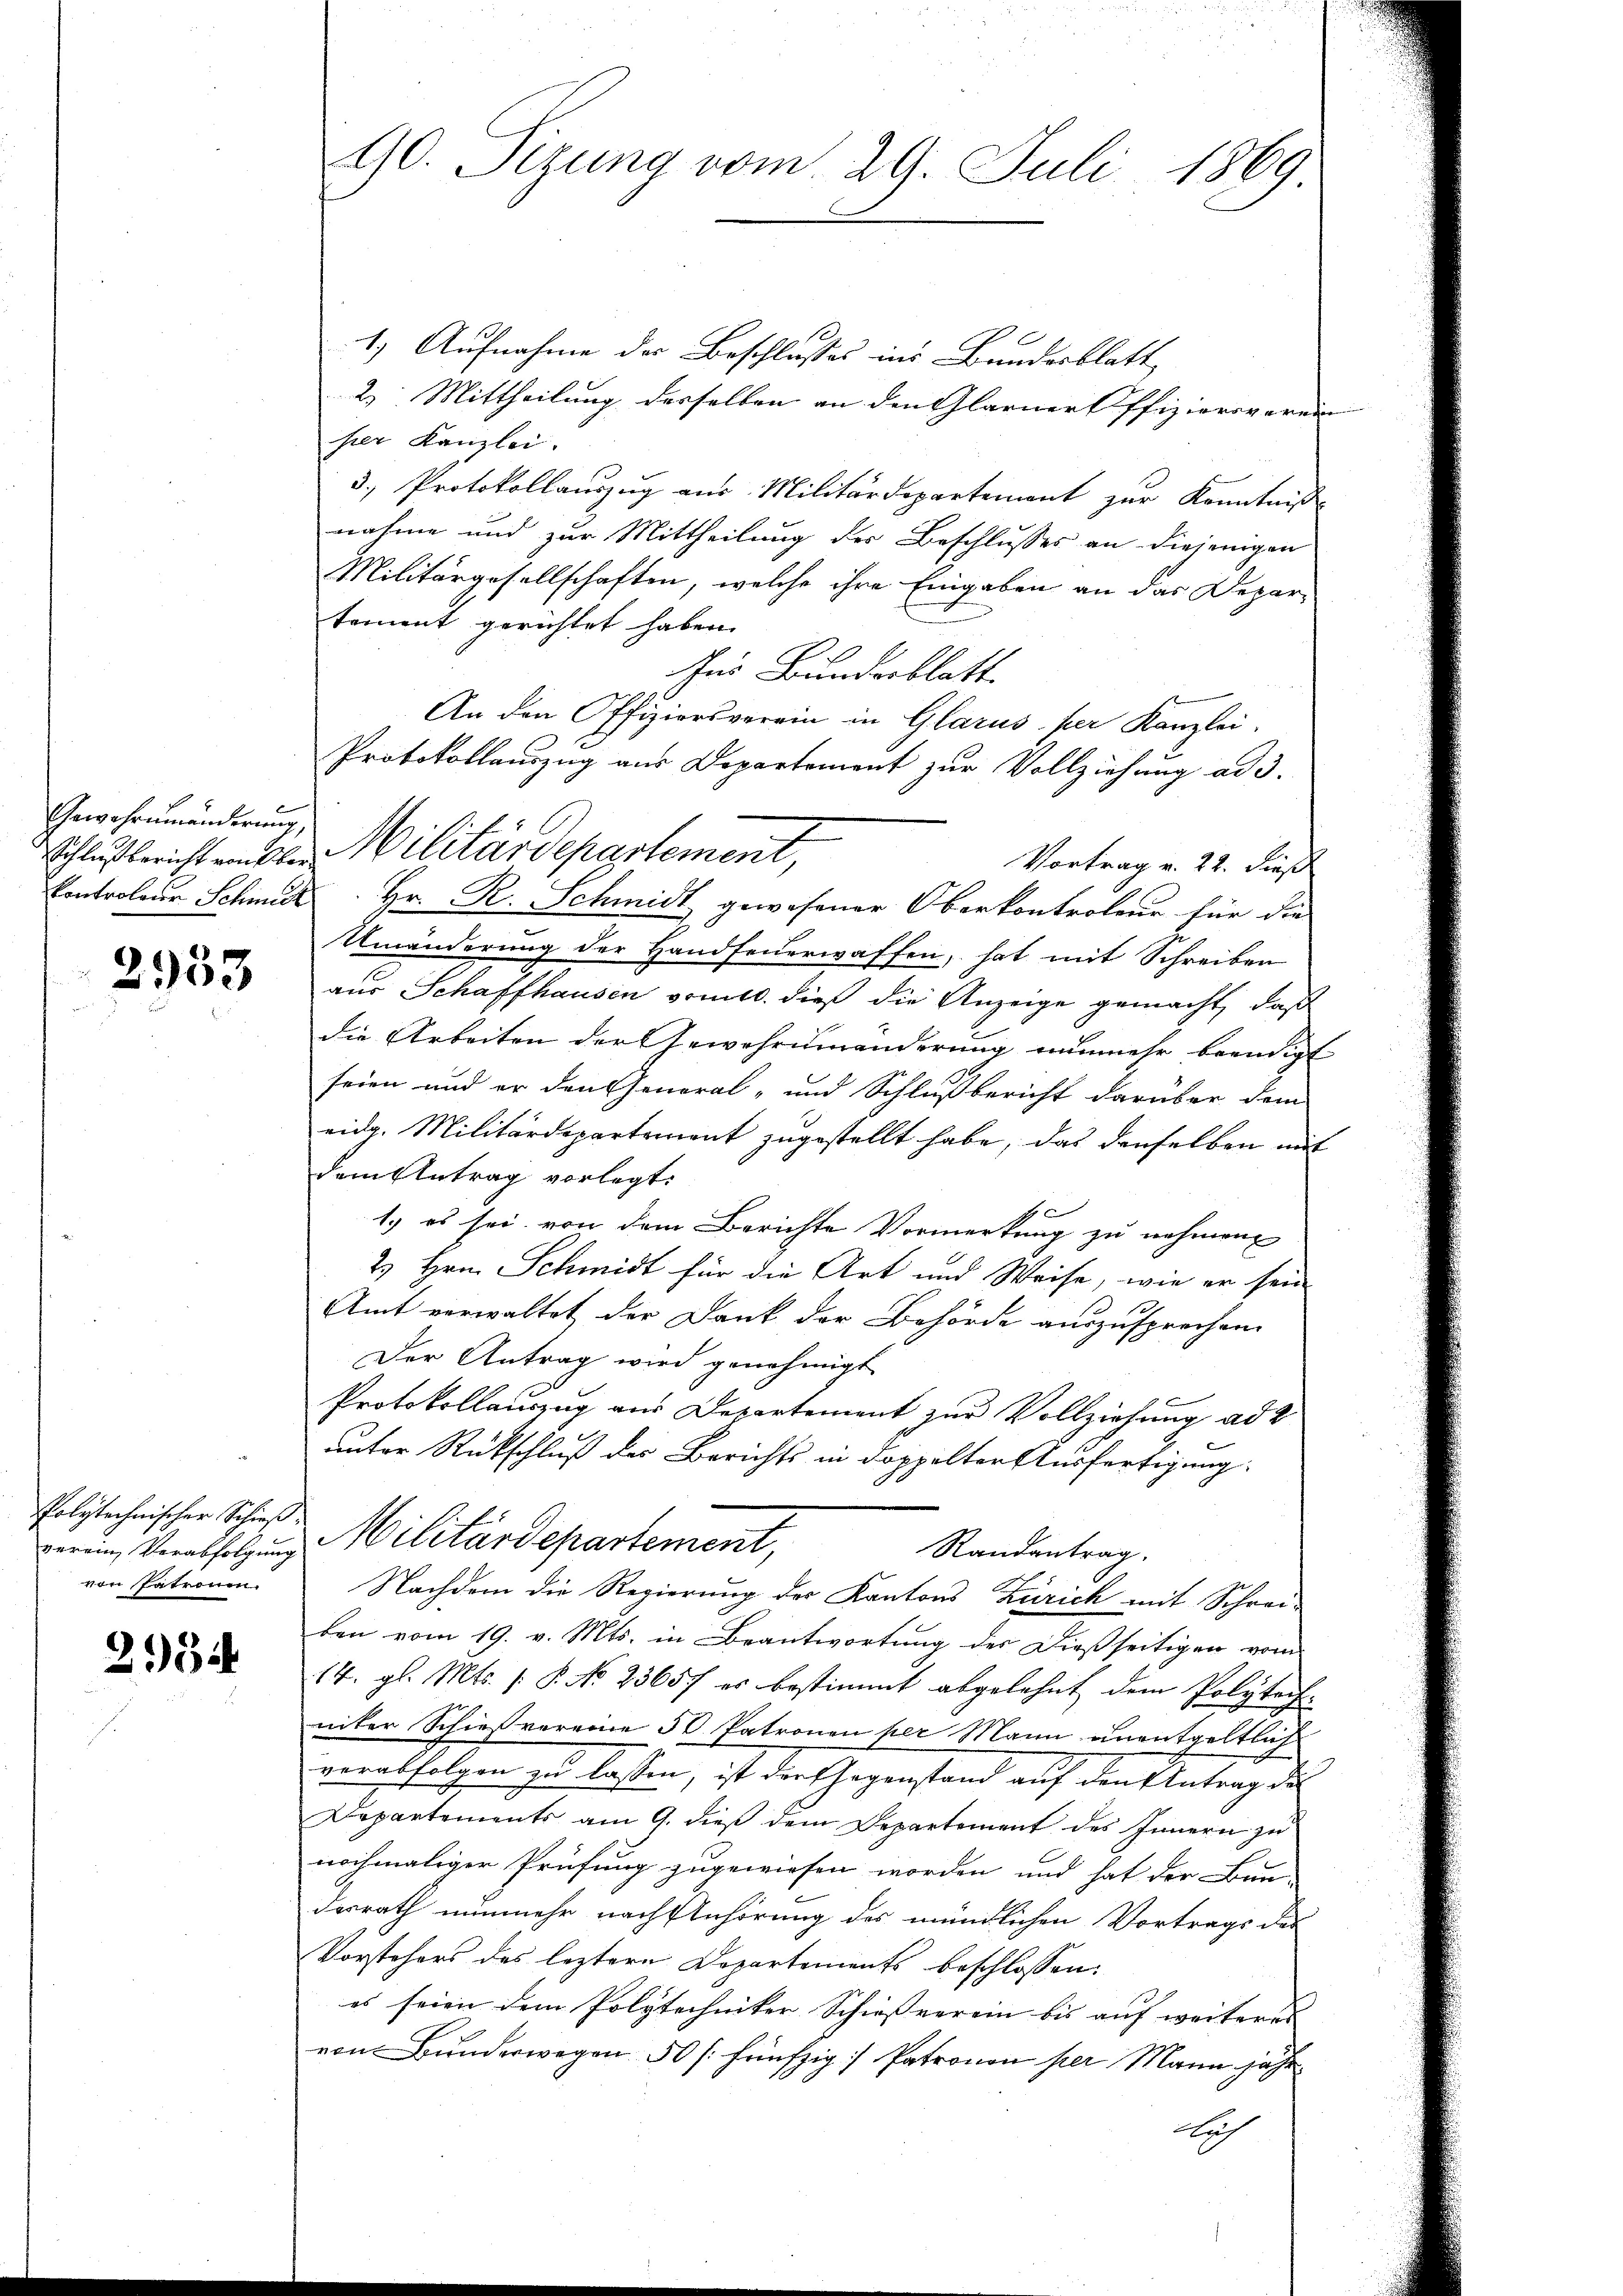
Gewährumänderung,

2953

verein Verabfolgung
von Patronen.

2154

E
1.) Aufnahme der Beschlusses ins Bundesblatt
2) Mittheilung derselben an den Glarner Offiziersverein |
ser Kanzlei.
3. Protokollauszug aus Militärdepartement zur Kenntniß
nahme und zur Mittheilung der Beschlusses an diejenigen
Militärgesellschaften, welche ihre Eingaben an das Departement gerichtet haben.
Aus Bundesblatt
An den Offiziersverein in Glarus, per Kanzlei.
Protokollauszug aus Departement zur Vollziehung ad 3.
Vortrag v. 22. dieß
Controleur Schmut Hr. R. Schmidt gewesener Oberkontroleur für die
Umänderung der Handfeuerwaffen, hat mit Schreiben
aus Schaffhausen somit dieß die Anzeige gemacht, daß
die Arbeiten der Gewehrumänderung nunmehr beendigt
seien und er den General- und Schlußbericht darüber dem
eidg. Militärdepartement zugestellt habe, das denselben mit
dem Antrag vorlegt.
1.) es sei, von dem Berichte Vormerkung zu nehmen
2) Hrn. Schmidt für die Art und Weise, wie er sein
Amt verwaltet der Dank der Behörde auszusprechen.
Der Antrag wird genehmigt
Protokollauszug aus Departement zur Vollziehung ad 2
unter Rückschluß der Berichts in doppelter Ausfertigung
Polytechnischer Schuß Militärdepartement,
Randantrag.
Nachdem die Regierung der Kantons Zürich mit Schreiben vom 19. v. Mts. in Beantwortung des Dießseitigen vom
14. gl. Mts. (: P. No 23657 es bestimmt abgelehnt dem Polytech-
niker Schießvereine 50 Patronen per Mann unentgeltlich
verabfolgen zu lassen, ist der Gegenstand auf den Antrag des
Departements am 9. dieß dem Departement des Innern zu
nochmaliger Prüfung zugewiesen worden und hat der Bun-
desrath nunmehr nach Anhörung des mündlichen Vortrags des
Vorstehers des leztere Departements beschlossen.
es seien dem Polytechniker Schiessverein bis auf weiteres
von Bunderwegen 50 fünfzig] Patronon per Mann jähr
Auch

10. Sizung vom 29. Juli 1869

Schlußbericht meubler Militärdepartement,